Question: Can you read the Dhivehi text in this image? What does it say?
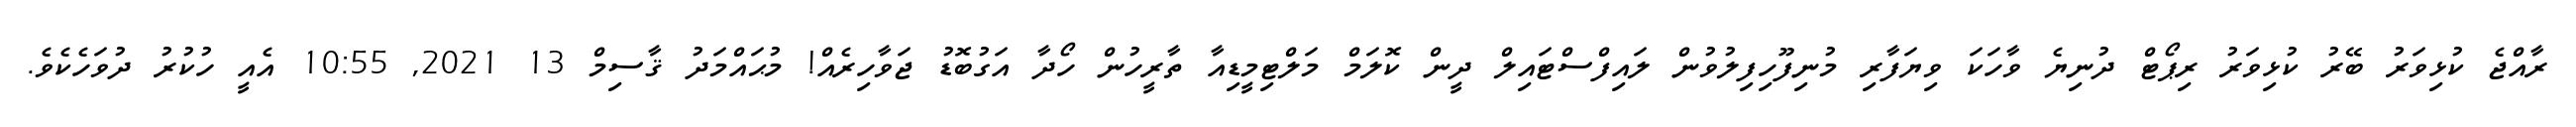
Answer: ރާއްޖެ ކުޅިވަރު ބޭރު ކުޅިވަރު ރިޕޯޓް ދުނިޔެ ވާހަކަ ވިޔަފާރި މުނިފޫހިފިލުވުން ލައިފްސްޓައިލް ދީން ކޮލަމް މަލްޓިމީޑިއާ ތާރީހުން ހޯދާ އަގުބޮޑު ޖަވާހިރެއް! މުޙައްމަދު ޤާސިމް 13 2021, 10:55 އެއީ ހުކުރު ދުވަހެކެވެ.